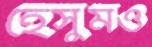
হেসুমও